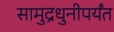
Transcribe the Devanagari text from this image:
सामुद्रधुनीपर्यंत